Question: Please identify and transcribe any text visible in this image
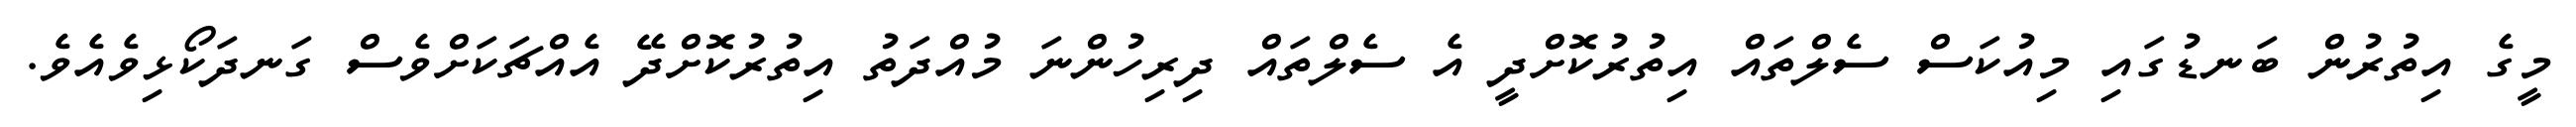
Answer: މީގެ އިތުރުން ބަނޑުގައި މިއުކަސް ސެލްތައް އިތުރުކޮށްދީ އެ ސެލްތައް ދިރިހުންނަ މުއްދަތު އިތުރުކޮށްދޭ އެއްޗަކަށްވެސް ގަނދަކޯޅިވެއެވެ.